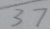
3 7